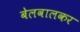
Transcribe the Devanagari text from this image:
बेलवालकर